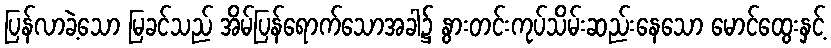
ပြန်လာခဲ့သော မြခင်သည် အိမ်ပြန်ရောက်သောအခါ၌ နွားတင်းကုပ်သိမ်းဆည်းနေသော မောင်ထွေးနှင့်